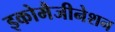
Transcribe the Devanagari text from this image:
इकोमैजीनेशन